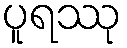
ပူရဿု